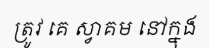
ត្រូវ គេ ស្វាគម នៅក្នុង